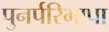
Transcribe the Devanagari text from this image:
पुनर्परिभाषा